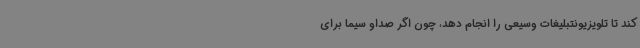
کند تا تلویزیونتبلیغات وسیعی را انجام دهد، چون اگر صداو سیما برای